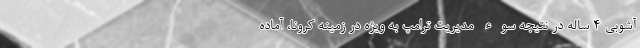
آشوبی 4 ساله در نتیجه سوء مدیریت ترامپ به ویژه در زمینه کرونا، آماده